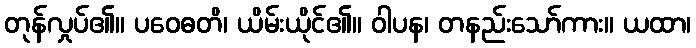
တုန်လှုပ်၏။ ပဝေဓတိ၊ ယိမ်းယိုင်၏။ ဝါပန၊ တနည်းသော်ကား။ ယထာ၊